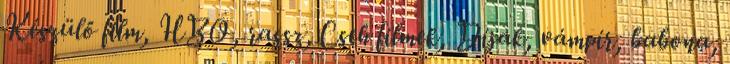
Készülő film, HBO, rassz, Cseh filmek, Díjak, vámpír, babona,